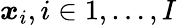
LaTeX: \boldsymbol{x}_{i},i\in{1,\ldots,I}